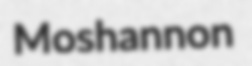
Moshannon